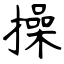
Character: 操